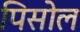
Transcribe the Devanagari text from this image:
पिसोल